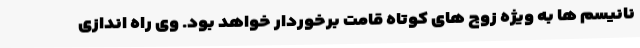
نانیسم ها به ویژه زوج های کوتاه قامت برخوردار خواهد بود. وی راه اندازی